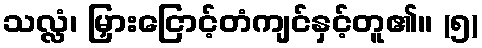
သလ္လံ၊ မြှားငြောင့်တံကျင်နှင့်တူ၏။ (၅)